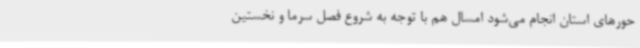
حورهای استان انجام می‌شود امسال هم با توجه به شروع فصل سرما و نخستین